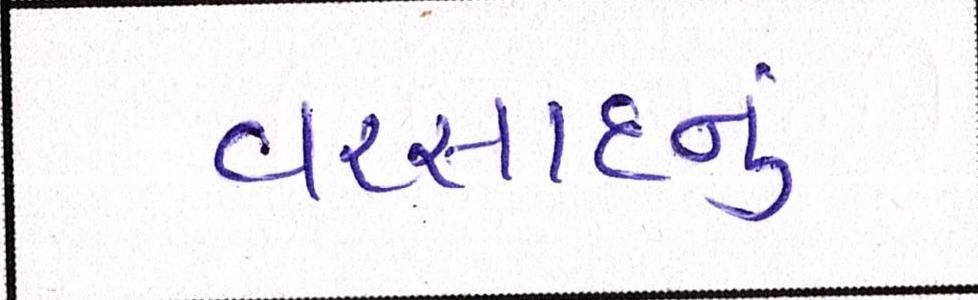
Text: વરસાદનું